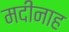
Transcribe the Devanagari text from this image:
मदीनाह